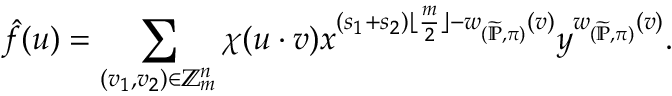
\hat { f } ( \boldsymbol { u } ) = \sum _ { ( \boldsymbol { v _ { 1 } , v _ { 2 } } ) \in \mathbb { Z } _ { m } ^ { n } } \chi ( \boldsymbol { u } \cdot \boldsymbol { v } ) x ^ { ( s _ { 1 } + s _ { 2 } ) \lfloor \frac { m } { 2 } \rfloor - w _ { ( \widetilde { \mathbb { P } } , \pi ) } ( \boldsymbol { v } ) } y ^ { w _ { ( \widetilde { \mathbb { P } } , \pi ) } ( \boldsymbol { v } ) } .